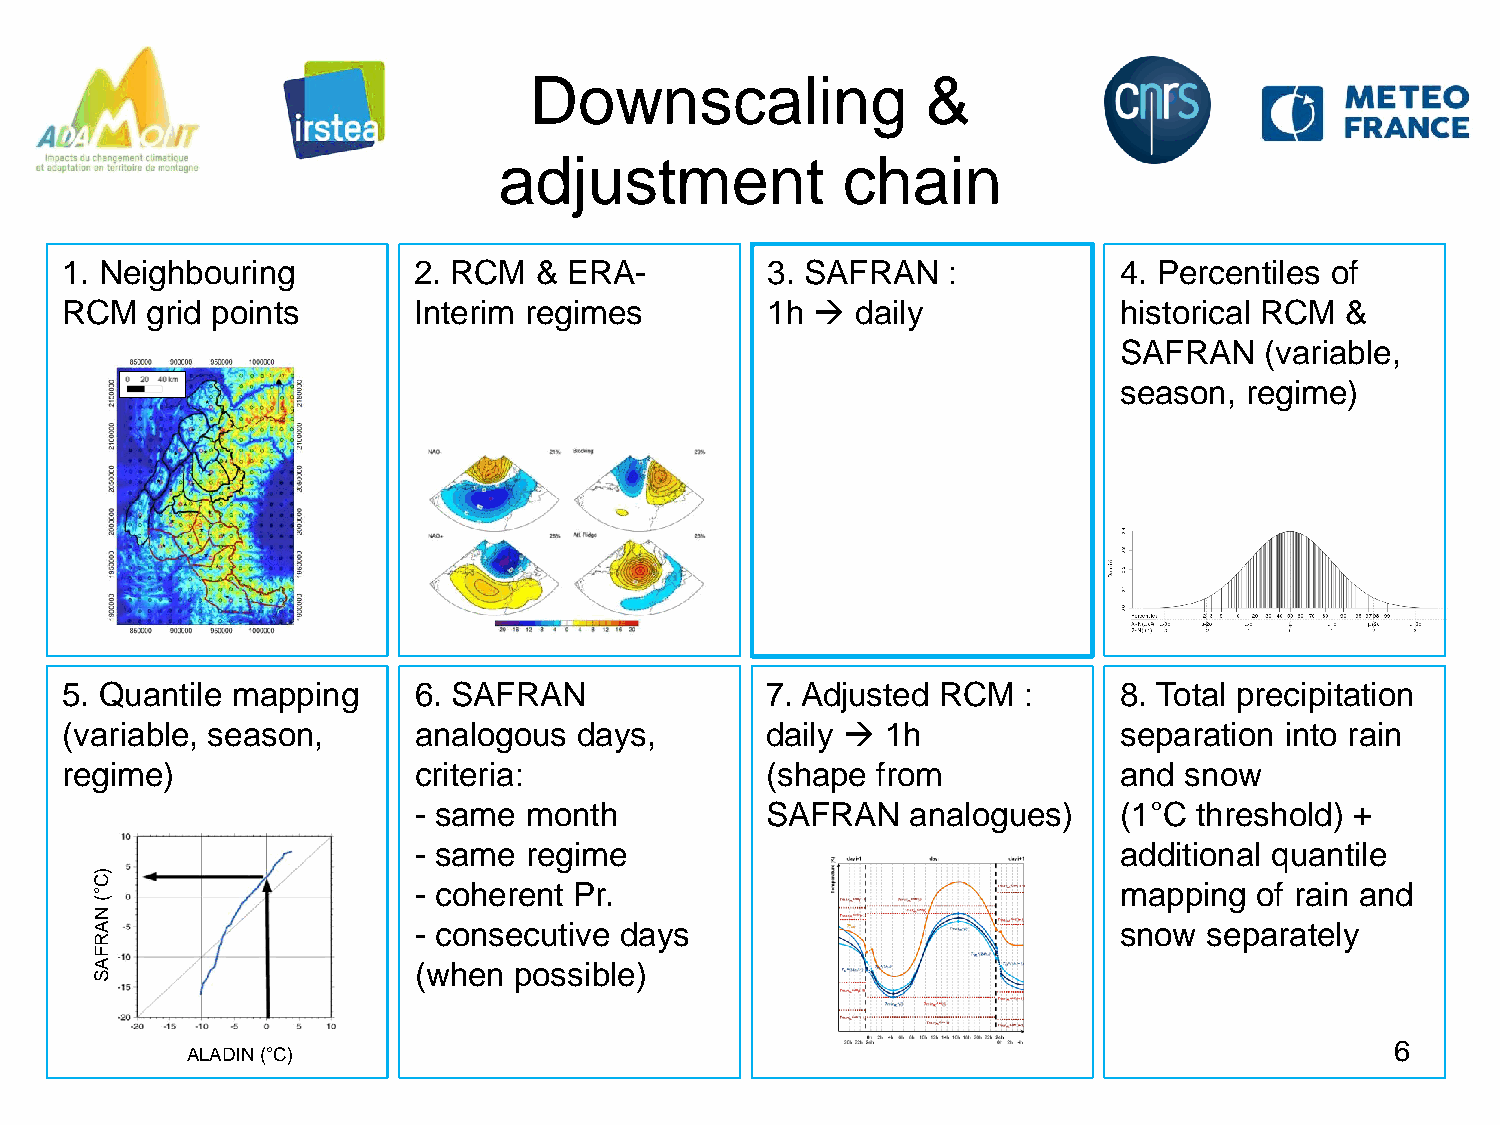
Downscaling               &
 adjustment             chain
 1. Neighbouring        2. RCM  &  ERA-         3. SAFRAN   :          4. Percentiles of
 RCM   grid points      Interim regimes         1h   daily            historical RCM &
 SAFRAN    (variable,
 season, regime)
 5. Quantile mapping    6. SAFRAN               7. Adjusted RCM  :     8. Total precipitation
 (variable, season,     analogous  days,        daily  1h             separation into rain
 regime)                criteria:               (shape from            and snow
 - same  month           SAFRAN   analogues)    (1°C threshold) +
 - same  regime                                 additional quantile
 )C
 - coherent Pr.                                 mapping  of rain and
 °
 (
 N
 A                    - consecutive days                             snow  separately
 R
 F
 A                    (when  possible)
 S
 6
 ALADIN (°C)